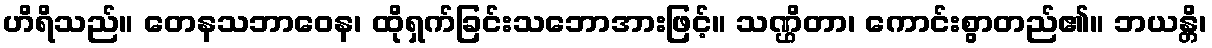
ဟိရိသည်။ တေနသဘာဝေန၊ ထိုရှက်ခြင်းသဘောအားဖြင့်။ သဏ္ဌိတာ၊ ကောင်းစွာတည်၏။ ဘယန္တိ၊